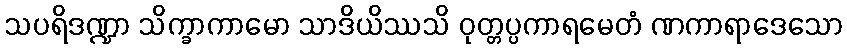
သပရိဒဏ္ဍာ သိက္ခာကာမော သာဒိယိဿသိ ဝုတ္တပ္ပကာရမေတံ ဏကာရာဒေသော